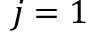
j = 1